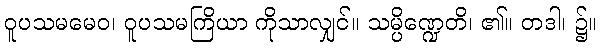
ဝူပသမမေဝ၊ ဝူပသမကြိယာ ကိုသာလျှင်။ သမ္ပိဏ္ဍေတိ၊ ၏။ တဒါ၊ ၌။